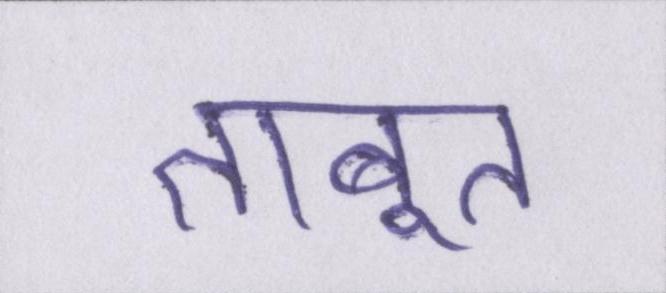
ताबूत